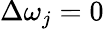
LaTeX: \Delta\omega_{j}=0